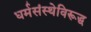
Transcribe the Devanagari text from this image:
धर्मसंस्थेविरूद्ध